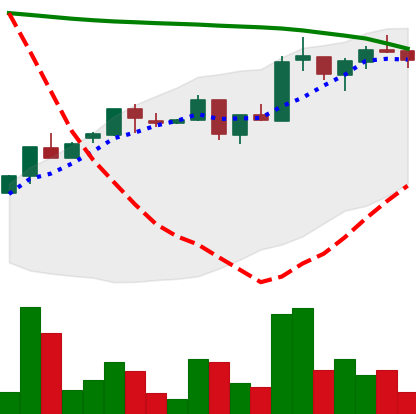
Ticker: ADA-USD
Chart end date: 2018-05-04
Forward return: -10.158%
Label: down_7plus